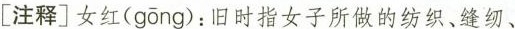
[注释]女红(gōng):旧时指女子所做的纺织、缝纫、